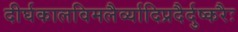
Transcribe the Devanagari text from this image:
दीर्घकालविमलैर्व्यादिप्रदैर्दुष्करैः